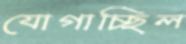
যোগাচ্ছিল